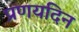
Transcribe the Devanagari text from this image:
प्रणयदिन